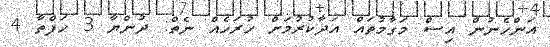
އަންހެނުން އިސް މަގާމުތައް އަދާކުރުމަށް ހުރަހެއް ނެތް: ދުންޔާ 3 ހަފްތާ 4